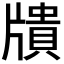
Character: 𤗴